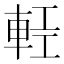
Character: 𨋷